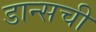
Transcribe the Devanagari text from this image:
डान्सची